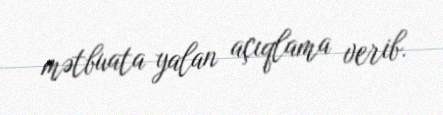
mətbuata yalan açıqlama verib.